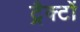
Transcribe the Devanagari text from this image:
ट्रैक्टों